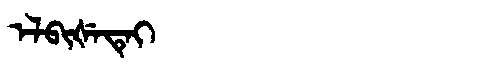
Manchu: ᡝᠯᠪᡳᡧᡝᡨᡝᡳ
Romanization: ELBIŠETEI